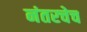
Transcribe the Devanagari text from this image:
नंतरचेच